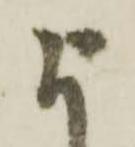
よ